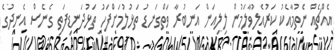
އެއްޗެއް ނެތުމާއެކު ކަރުއެލުވާލަމުން ލިލިއަން އަނބުރާ ވަތްގަނޑު ތަޅުލުމަށްފަހު ތަޅުދަނޑިފަތި ގެނެސް އެނދުގެ